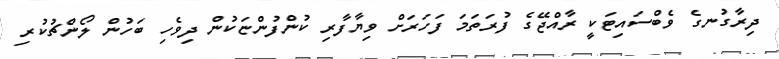
ދިރާގުނގެ ވެބްސައިޓަކީ ރާއްޖޭގެ ފުރަތަމަ ފަހަރަށް ވިޔާފާރި ކުންފުންޏަކުން ދިވެހި ބަހުން ލޯންޗުކުރި